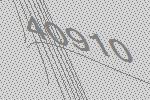
40910